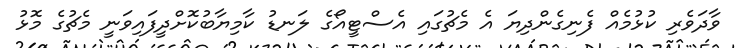
ވާދަވެރި ކުޅުމެއް ފެނިގެންދިޔަ އެ މެޗުގައި އެސްޓީއޯގެ ލަނޑު ކާމިޔާބުކޮށްދީފައިވަނީ މެޗުގެ މޮޅު